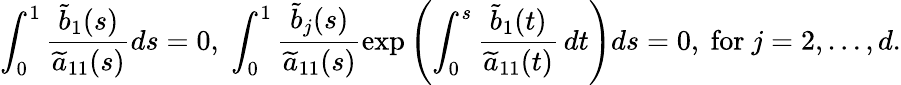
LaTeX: \int_{0}^{1}\frac{\widetilde b_{1}(s)}{\widetilde a_{11}(s)}ds=0,\; \int_{0}^{1}\frac{\widetilde b_{j}(s)}{\widetilde a_{11}(s)}\exp\left(\int_{0}^{s}\frac{\widetilde b_{1}(t)}{\widetilde a_{11}(t)}\, dt\right)ds=0,\mathrm{~for~}j=2,\dots,d.